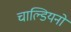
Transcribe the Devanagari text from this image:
चाल्डियनों